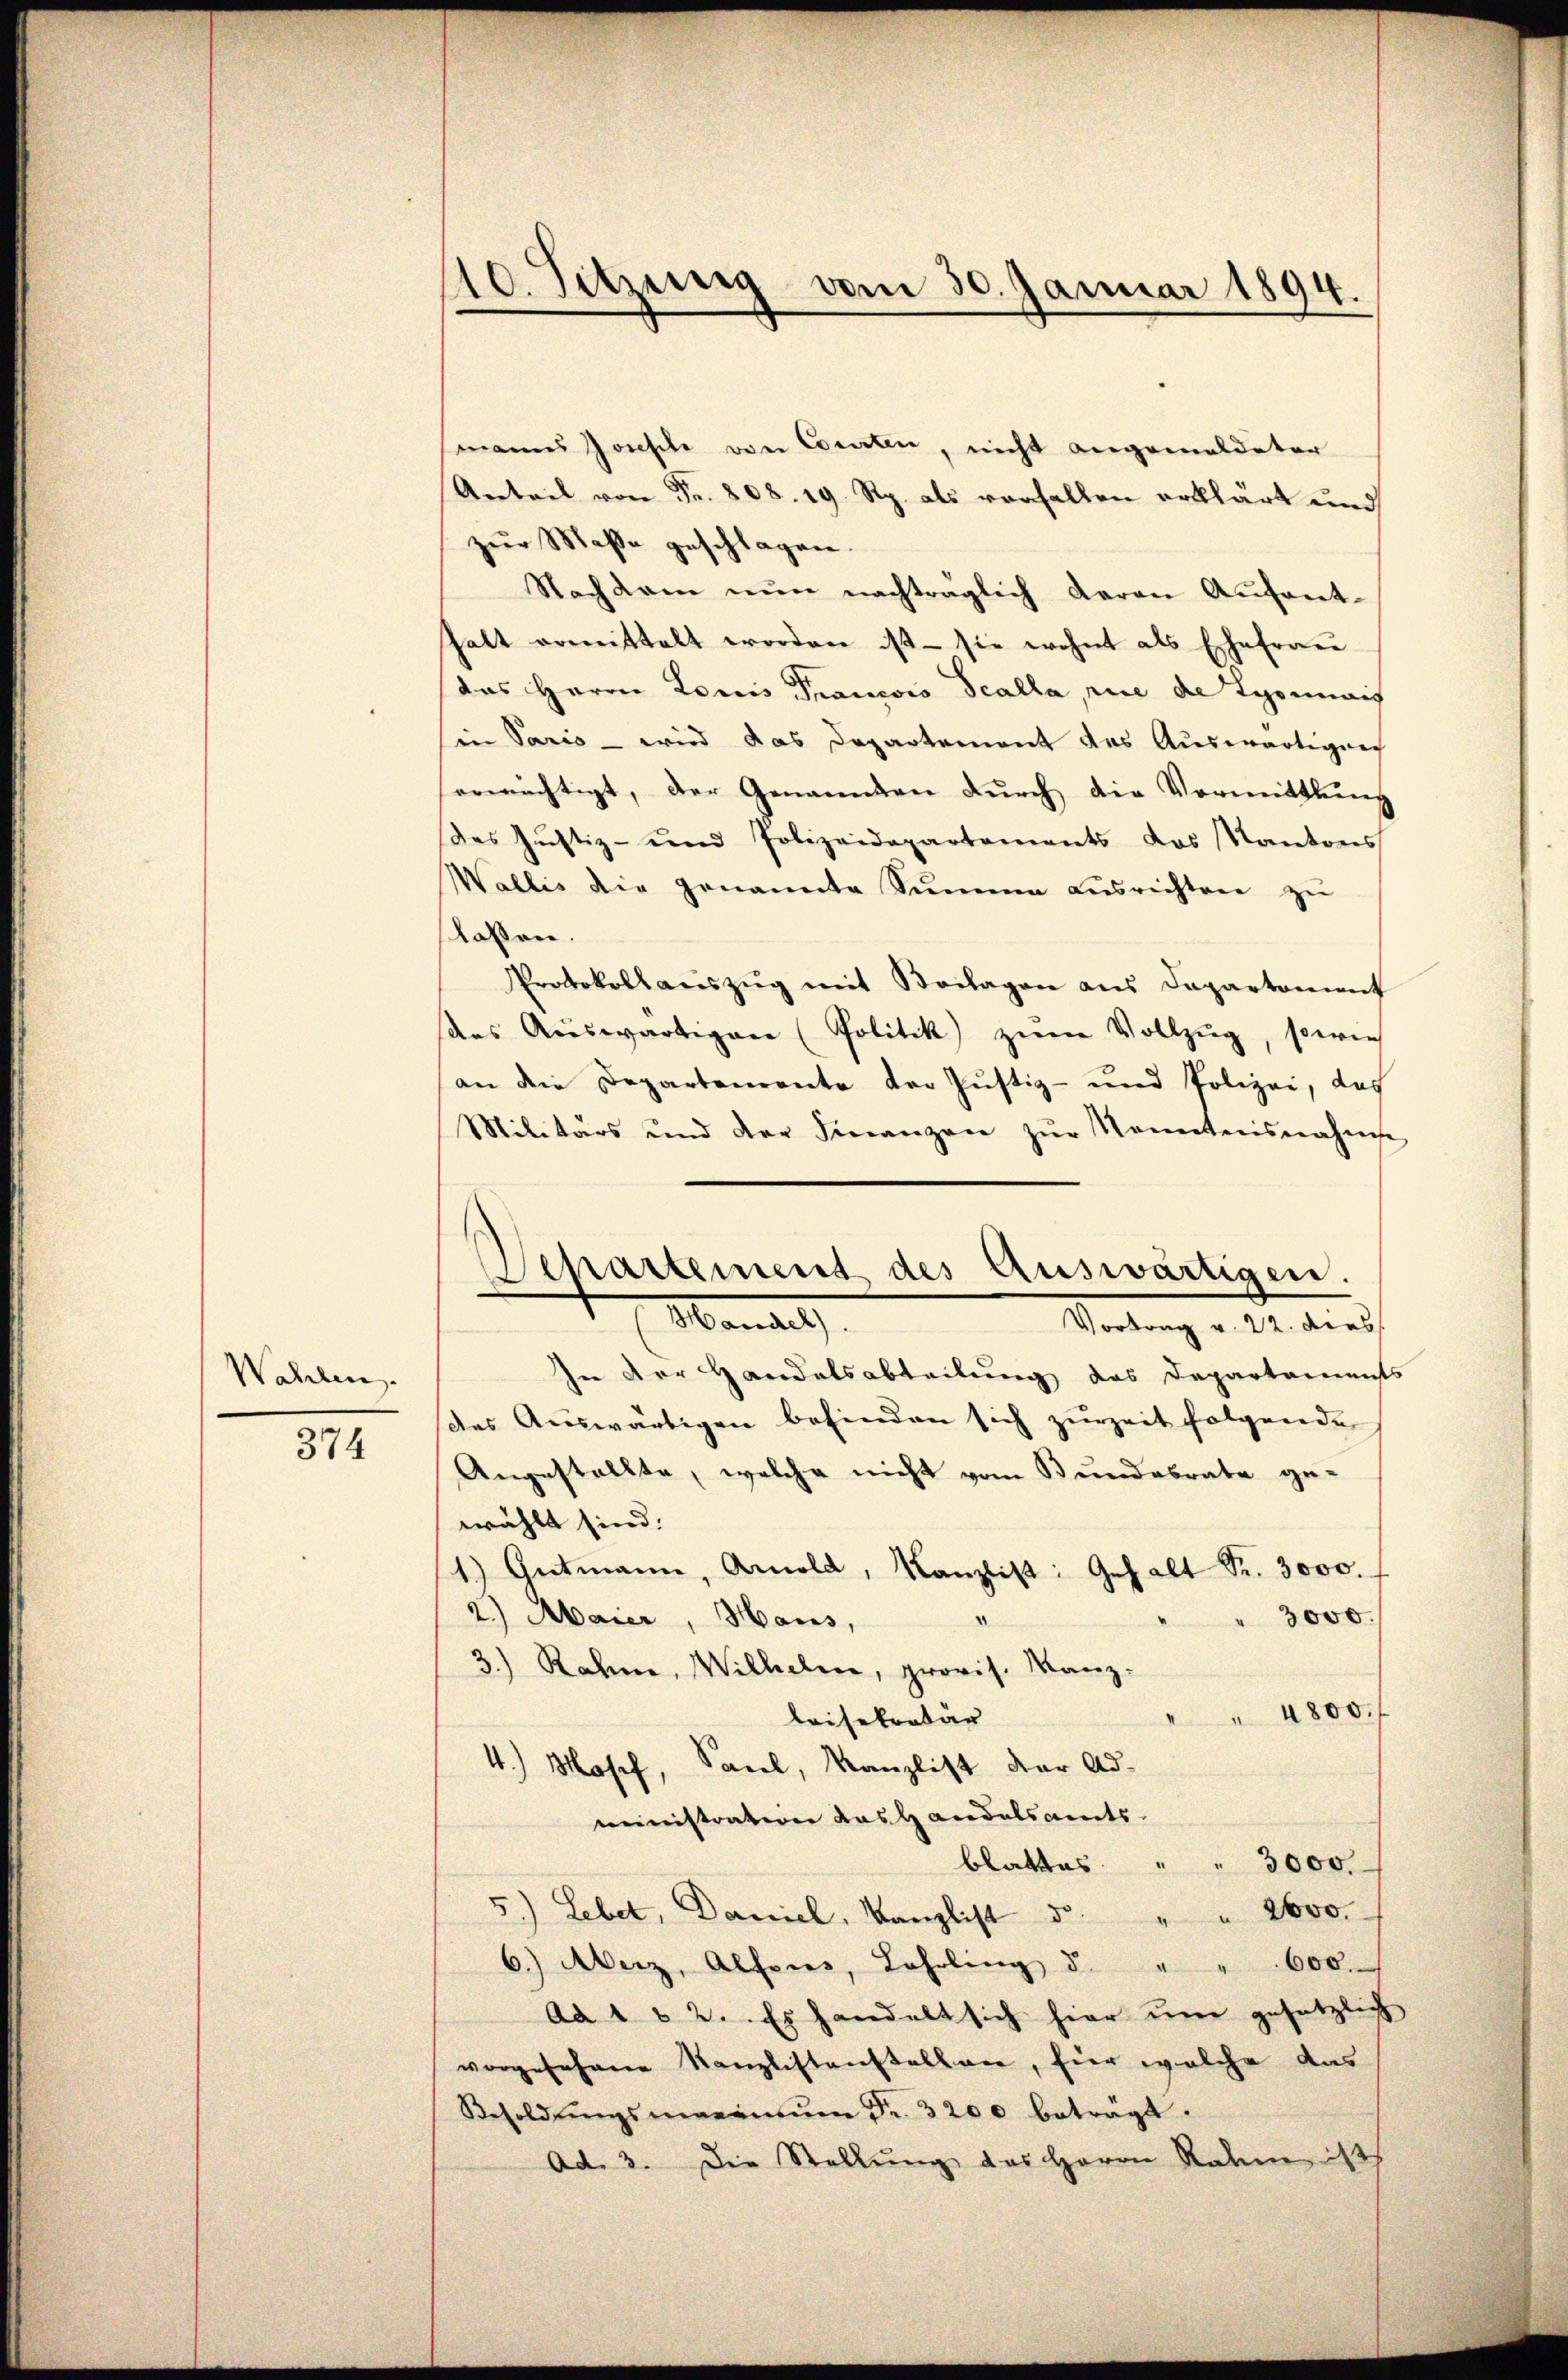
Wahlen.

374

10. Sitzung vom 30. Januar 1894.

manns Josephe von Courten, nicht angemeldeter
Anteil von Fr. 808. 19 Rp. als vorfallen erklärt und
zur Maße geschlagen.
Nachdem nŭn nachträglich daran Aufenthalt ermittelt worden ist - sie wohnt als Ehefraŭ
das Herrn Louis Francois Scalla, rice de Lyonais
in Paris – wird das Departement das Auswärtigung
ermächtigt, der Genannten dŭrch die Vormittlung
Des Justiz- und Polizeidepartements das Kantons
Wallis die genannte Sŭmme aŭsrichten zŭ
lassen.
Protokollaŭszŭg mit Beilagen ans Departement
aes Aŭswärtigen (Politik zŭm Vollzŭg, sowie
an die Departenrente der Justiz- und Polizei, das
Militärs und der Finanzen zŭr Konntensnahme
Vortrag v. 22. dies
In der Handelsabteilung das Departements
des Auswärtigen befinden sich zurzeit folgende
Angestellte, welche nicht vom Bundesrate ge-
wählt sind:
1.) Gutmann, Arnold, Kanzlist: Gehalt Fr. 3000.
2.) Maier, Haus,
3000.
3.) Rahne, Wilhelm, provis. Kanz-
 4800.
leisekretar
4.) Mosch, Sauel, Kanzlist der Ad-
ministraterer das Handelsamts-
blattes.
3000.
5.) Lebet, Daniel, Kanzlist d. 2600.
6.) Merz, Alfons, Lehrling d. " " 600.
ad 1. 2. Es handelt sich hier ŭm gesetzlich
vorgesehene Kanzlistenstellen, für welche das
Besoldŭngsmaximŭm Fr. 3200 beträgt.
Ad. 3. Die Stellung des Herrn Rahme ist

Separtement des Auswärtigen.
(Mand